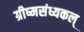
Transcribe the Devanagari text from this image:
ग्रीष्मसंध्यकल्